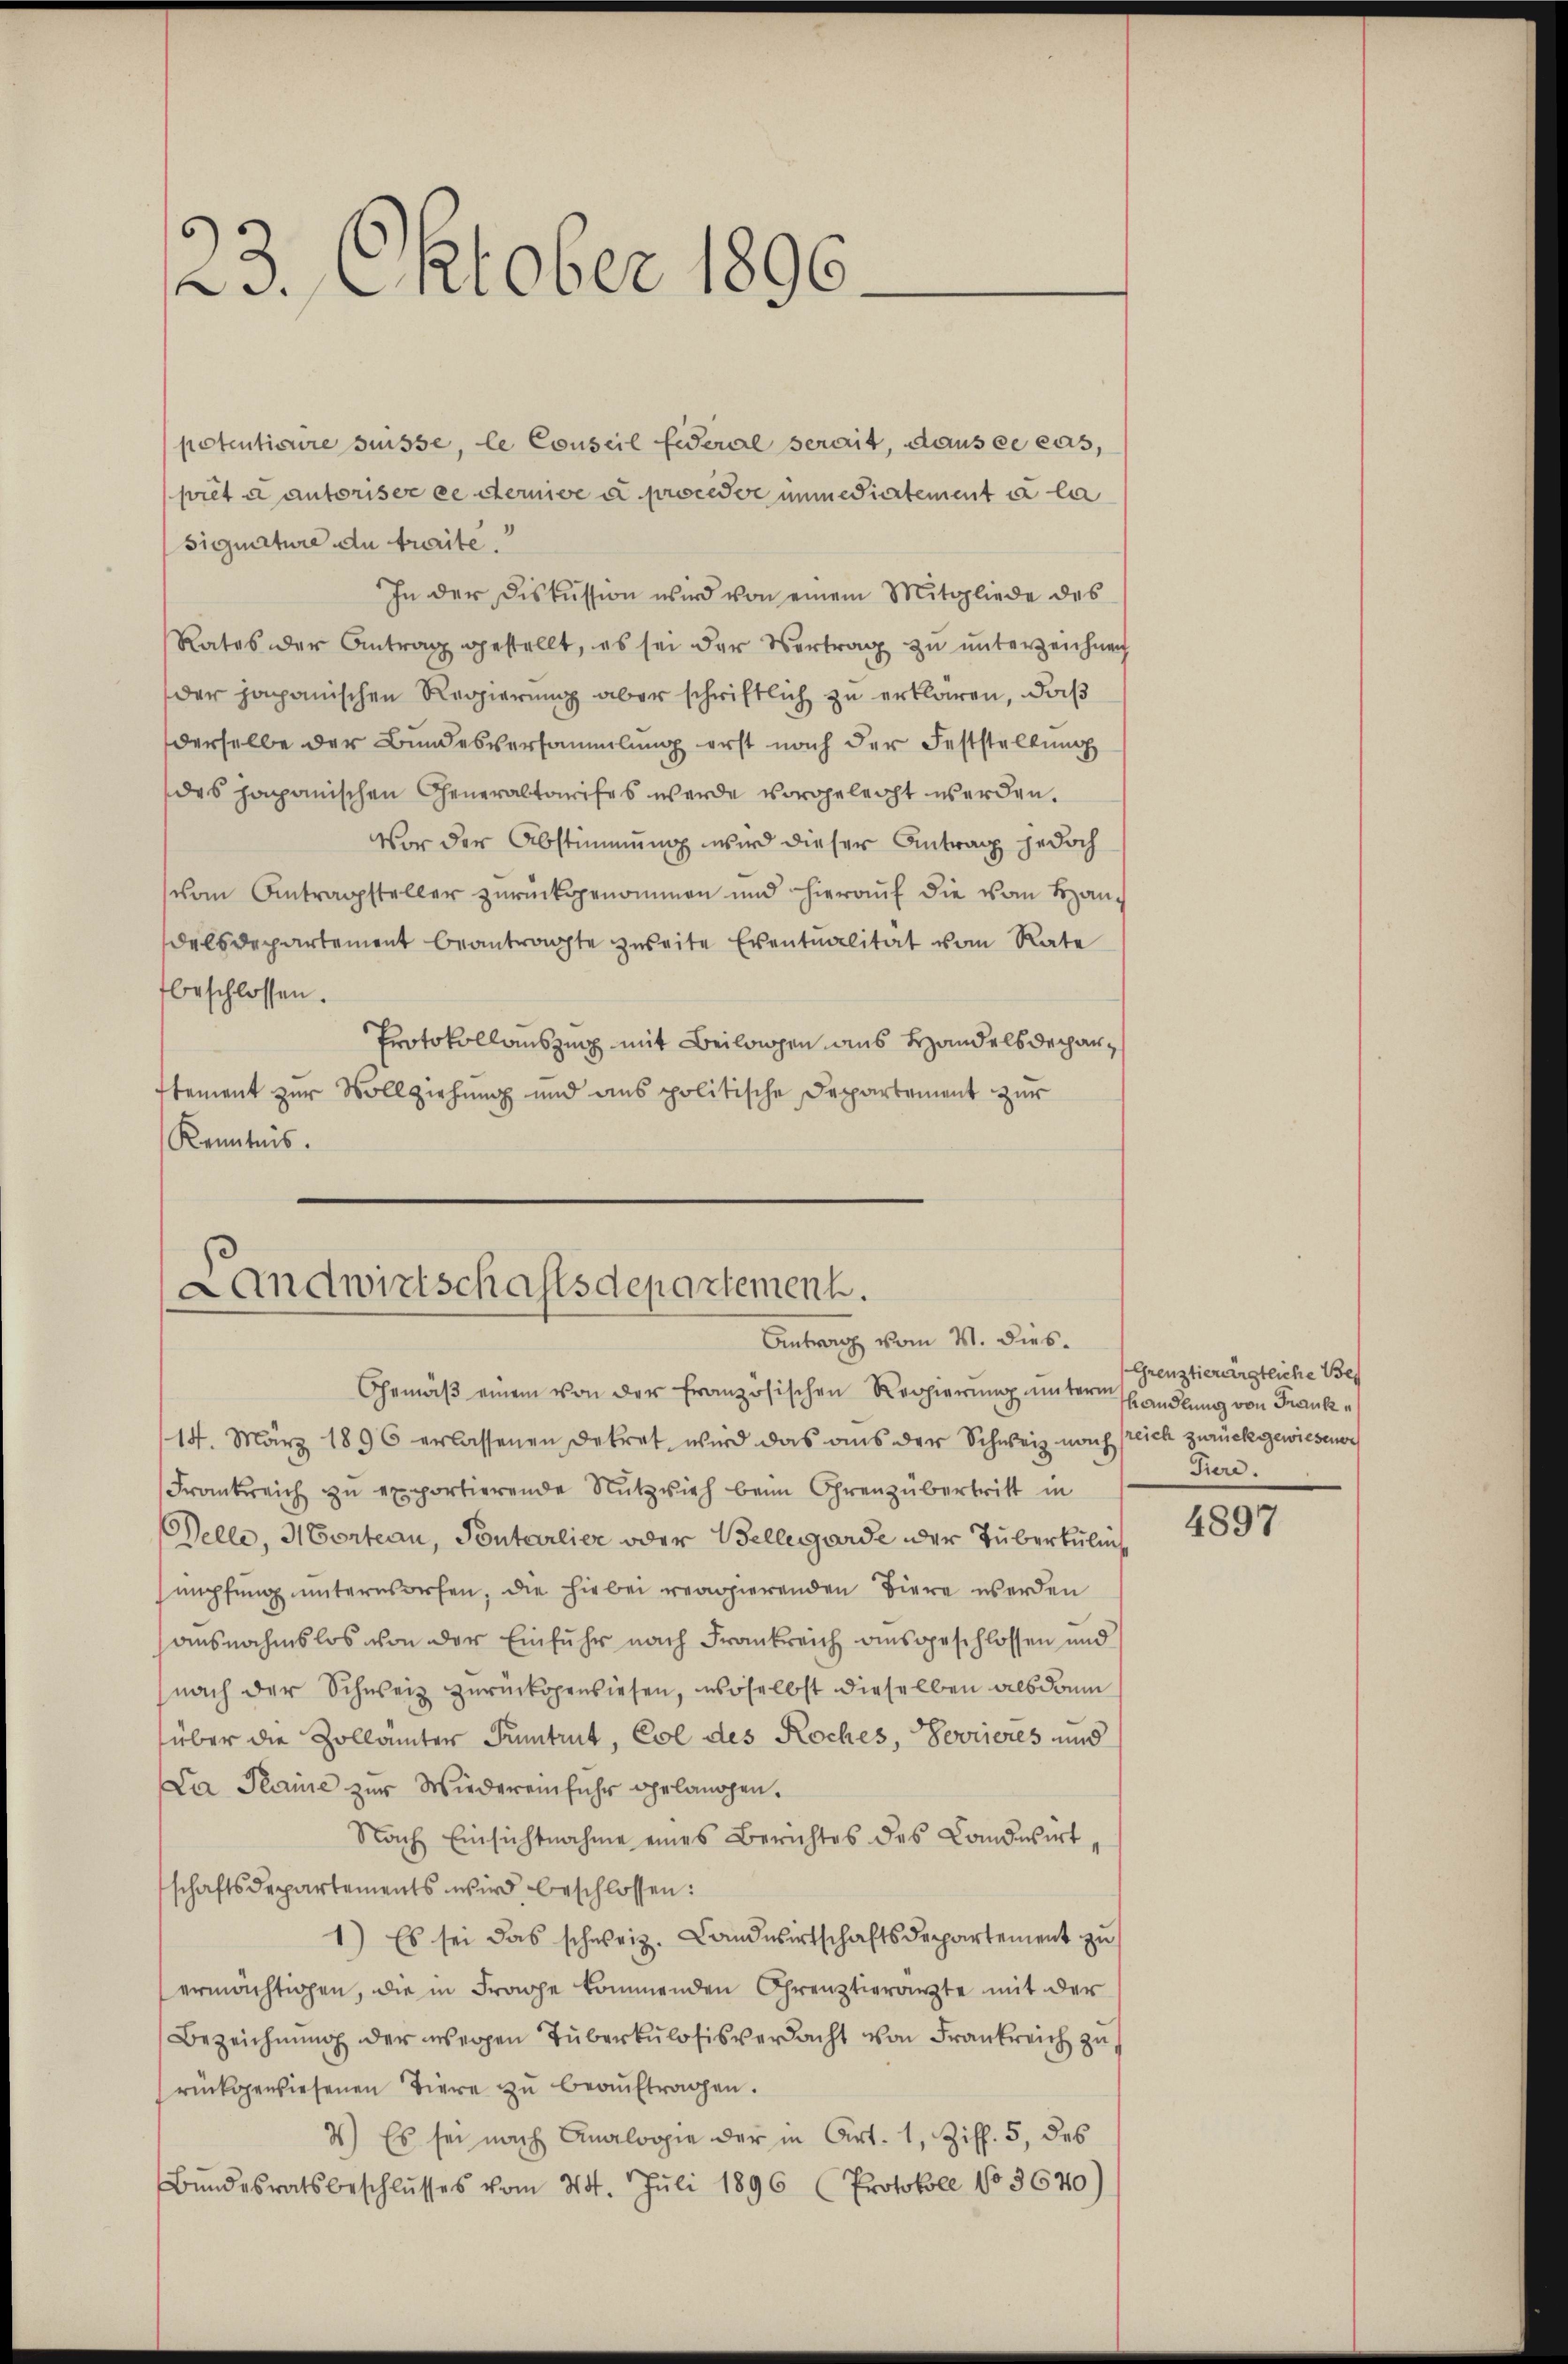
23. Oktober 1896.

potentionire suisse, le Conseil fideral serait, dans ce cas,
pret u autoriser ee derive u proceder immediertement à la
signature du treite.
In der Diskussion wird von einem Mitgliede des
Rates der Antrag gestellt, es sei der Vertrag zu unterzeichnen
der japanischen Regierung aber schriftlich zu erklären, daß
derselbe der Bundesversammlung erst nach der Feststellung
des japanischen Generaltarifes werde vorgeleicht werden.
Vor der Abstimmung wird dieser Antrag jedoch
vom Antragsteller zurückgenommen und hierauf die vom Handelsdepartement beantragte zweite Eventualität vom Rate
beschlossen.
Protokollauszing mit Beilangen aus Handelsdechan¬
Etement zur Vollziehung und aus politische Departement zur
Kenntnis.

Landwirtschaftsdepartement.
Antrag vom 4. dies.

Gemäβ einem von der französischen Regierung unterm handlung von Franke
14. März 1896 erlassenen Dekret wird das aus der Schweiz noch freich zurückgewiesener
Frankreich zu exportierende Nutzvieh beim Ohrenzübertritt in
Welle, Morteau, Pontarlier oder Bellegarde oder Tuberkulin
sumpfung unternsorfen, die hiebei reagierenden Biere werden
ausnahmslos von der Einfuhr nach Frankreich ausgeschlossen und
nach der Schweiz zurückgewiesen, woselbst dieselben als dann
über die Zollämter Puntrut, Col des Roches, Sovieres und
Da Plaine zur Wiedereinfuhr gelangen.
Nach Einsichtnahme eines Berichtes des Landwirt-
schaftsdepartements wird beschlossen:
1) Es sei das schweiz. Landwirtschaftsdepartement zu
ermächtigen, die in Frage kommenden Creuztierärzte mit der
Bezeichnŭng der wegen Tüberkulosis verdacht von Frankreich zu
rückgewiesenen Tiere zu beaŭftragen.
4.) Es sei nach Analogie der in Art. 1, Ziff. 5, des
Bŭndesratsbeschlusses vom 24. Juli 1896 (Protokoll No 3670)

(Grenztierärgtliche Bes
Tiere.

4897